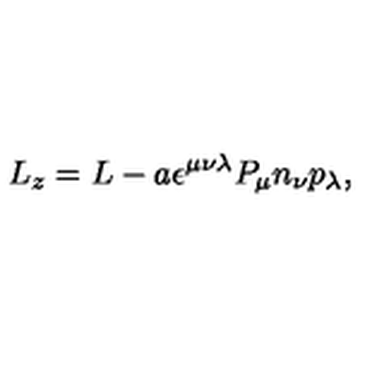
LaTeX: L _ { z } = L - a \epsilon ^ { \mu \nu \lambda } P _ { \mu } n _ { \nu } p _ { \lambda } ,